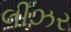
લીઝર